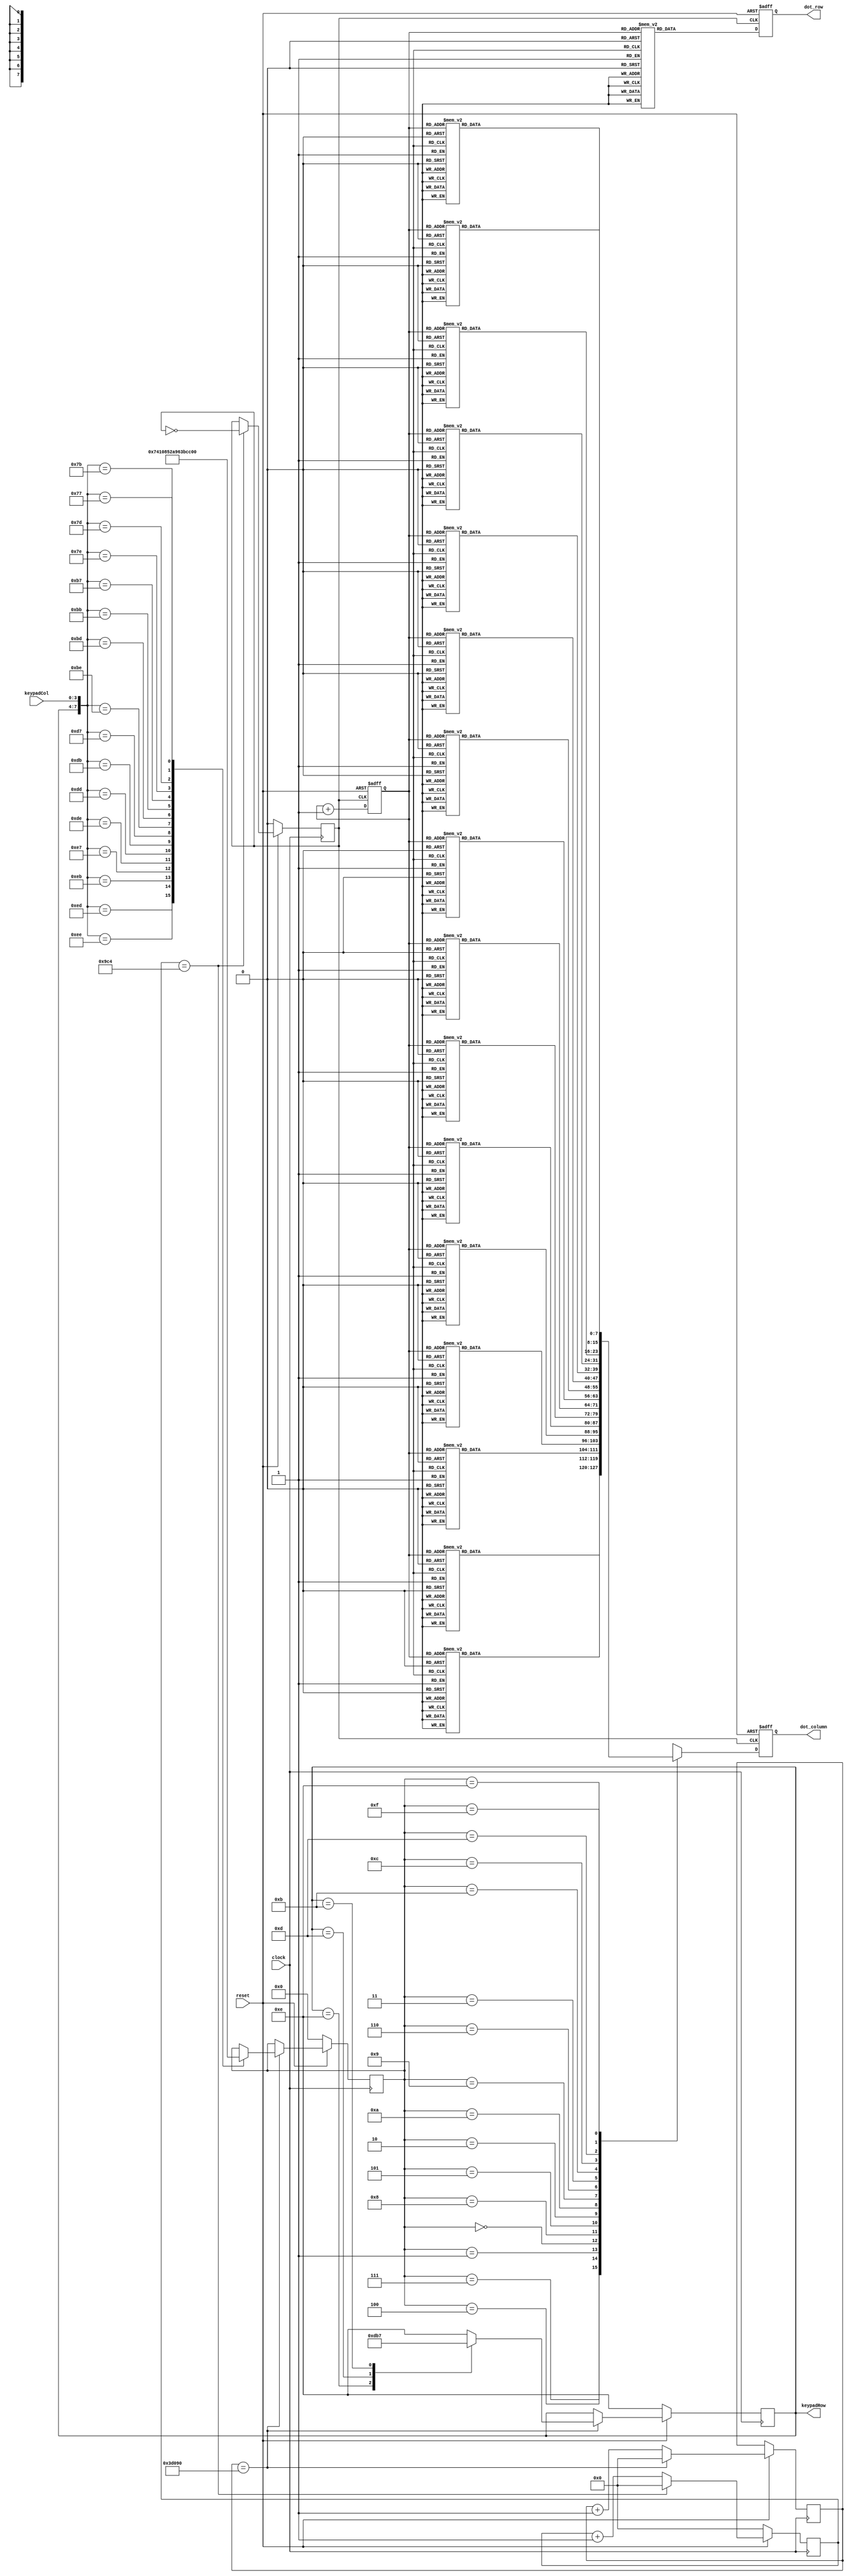
module KeyPad_Controller(clock, reset, dot_row, dot_column,keypadCol, keypadRow);
input clock, reset;
input [3:0]keypadCol; 
output reg [7:0]dot_row;
output reg [7:0]dot_column;
output reg [3:0]keypadRow;
reg [31:0]keypadDelay;
reg [31:0]DotFD_Counter;
reg [3:0] keypadBuf;
reg DotFD_Clock;
reg [2:0]row_counter;

always @(posedge clock) begin
    if(!reset) begin
        DotFD_Counter <= 32'd0;
        DotFD_Clock <= 1'd0;
    end
    else begin
        if(DotFD_Counter == 32'd2500) begin
            DotFD_Counter <= 32'd0;
            DotFD_Clock <= ~DotFD_Clock;
        end
        else begin
            DotFD_Counter <= DotFD_Counter + 32'd1;
        end
    end
end

always @(posedge clock) begin
    if(!reset) begin
        keypadBuf <= 4'h0;
        keypadRow <= 4'b1110;
    end
    else begin 
        if(keypadDelay == 32'd250000) begin
            keypadDelay <= 32'd0;
            //rowcolumn
            case({keypadRow,keypadCol}) 
                8'b1110_1110: keypadBuf <= 4'h7;
                8'b1110_1101: keypadBuf <= 4'h4;
                8'b1110_1011: keypadBuf <= 4'h1;
                8'b1110_0111: keypadBuf <= 4'h0;

                8'b1101_1110: keypadBuf <= 4'h8;
                8'b1101_1101: keypadBuf <= 4'h5;
                8'b1101_1011: keypadBuf <= 4'h2;
                8'b1101_0111: keypadBuf <= 4'hA;

                8'b1011_1110: keypadBuf <= 4'h9;
                8'b1011_1101: keypadBuf <= 4'h6;
                8'b1011_1011: keypadBuf <= 4'h3;
                8'b1011_0111: keypadBuf <= 4'hb;

                8'b0111_1110: keypadBuf <= 4'hc;
                8'b0111_1101: keypadBuf <= 4'hd;
                8'b0111_1011: keypadBuf <= 4'he;
                8'b0111_0111: keypadBuf <= 4'hf;
                default: keypadBuf <= keypadBuf;
            endcase
            //row
            case(keypadRow)
                4'b1110: keypadRow <= 4'b1101;
                4'b1101: keypadRow <= 4'b1011;
                4'b1011: keypadRow <= 4'b0111;
                4'b0111: keypadRow <= 4'b1110;
                default: keypadRow <= 4'b1110;
            endcase
        end
        else begin
            keypadDelay <= keypadDelay + 32'd1;
        end
    end
end

always @(posedge DotFD_Clock or negedge reset) begin
    if(!reset) begin
        dot_row <= 8'b0;
        dot_column <= 8'b0;
        row_counter <= 3'd0;
    end
    else begin 
        row_counter <= row_counter + 3'd1;
        case(row_counter) 
            3'd0: dot_row <= 8'b01111111;
            3'd1: dot_row <= 8'b10111111;
            3'd2: dot_row <= 8'b11011111;
            3'd3: dot_row <= 8'b11101111;
            3'd4: dot_row <= 8'b11110111;
            3'd5: dot_row <= 8'b11111011;
            3'd6: dot_row <= 8'b11111101;
            3'd7: dot_row <= 8'b11111110;
        endcase
        case(keypadBuf)
            4'h7:
                case(row_counter)
                    3'd0: dot_column <= 8'b00000000;
                    3'd1: dot_column <= 8'b00000000;
                    3'd2: dot_column <= 8'b00000000;
                    3'd3: dot_column <= 8'b00000000;
                    3'd4: dot_column <= 8'b00000000;
                    3'd5: dot_column <= 8'b00000000;
                    3'd6: dot_column <= 8'b00000011;
                    3'd7: dot_column <= 8'b00000011;
                endcase
            4'h4:
                case(row_counter)
                    3'd0: dot_column <= 8'b00000000;
                    3'd1: dot_column <= 8'b00000000;
                    3'd2: dot_column <= 8'b00000000;
                    3'd3: dot_column <= 8'b00000000;
                    3'd4: dot_column <= 8'b00000000;
                    3'd5: dot_column <= 8'b00000000;
                    3'd6: dot_column <= 8'b00001100;
                    3'd7: dot_column <= 8'b00001100;
                endcase
            4'h1:
                case(row_counter)
                    3'd0: dot_column <= 8'b00000000;
                    3'd1: dot_column <= 8'b00000000;
                    3'd2: dot_column <= 8'b00000000;
                    3'd3: dot_column <= 8'b00000000;
                    3'd4: dot_column <= 8'b00000000;
                    3'd5: dot_column <= 8'b00000000;
                    3'd6: dot_column <= 8'b00110000;
                    3'd7: dot_column <= 8'b00110000;
                endcase
            4'h0:
                case(row_counter)
                    3'd0: dot_column <= 8'b00000000;
                    3'd1: dot_column <= 8'b00000000;
                    3'd2: dot_column <= 8'b00000000;
                    3'd3: dot_column <= 8'b00000000;
                    3'd4: dot_column <= 8'b00000000;
                    3'd5: dot_column <= 8'b00000000;
                    3'd6: dot_column <= 8'b11000000;
                    3'd7: dot_column <= 8'b11000000;
                endcase
            4'h8:
                case(row_counter)
                    3'd0: dot_column <= 8'b00000000;
                    3'd1: dot_column <= 8'b00000000;
                    3'd2: dot_column <= 8'b00000000;
                    3'd3: dot_column <= 8'b00000000;
                    3'd4: dot_column <= 8'b00000011;
                    3'd5: dot_column <= 8'b00000011;
                    3'd6: dot_column <= 8'b00000000;
                    3'd7: dot_column <= 8'b00000000;
                endcase
            4'h5:
                case(row_counter)
                    3'd0: dot_column <= 8'b00000000;
                    3'd1: dot_column <= 8'b00000000;
                    3'd2: dot_column <= 8'b00000000;
                    3'd3: dot_column <= 8'b00000000;
                    3'd4: dot_column <= 8'b00001100;
                    3'd5: dot_column <= 8'b00001100;
                    3'd6: dot_column <= 8'b00000000;
                    3'd7: dot_column <= 8'b00000000;
                endcase
            4'h2:
                case(row_counter)
                    3'd0: dot_column <= 8'b00000000;
                    3'd1: dot_column <= 8'b00000000;
                    3'd2: dot_column <= 8'b00000000;
                    3'd3: dot_column <= 8'b00000000;
                    3'd4: dot_column <= 8'b00110000;
                    3'd5: dot_column <= 8'b00110000;
                    3'd6: dot_column <= 8'b00000000;
                    3'd7: dot_column <= 8'b00000000;
                endcase
            4'ha:
                case(row_counter)
                    3'd0: dot_column <= 8'b00000000;
                    3'd1: dot_column <= 8'b00000000;
                    3'd2: dot_column <= 8'b00000000;
                    3'd3: dot_column <= 8'b00000000;
                    3'd4: dot_column <= 8'b11000000;
                    3'd5: dot_column <= 8'b11000000;
                    3'd6: dot_column <= 8'b00000000;
                    3'd7: dot_column <= 8'b00000000;
                endcase
            4'h9:
                case(row_counter)
                    3'd0: dot_column <= 8'b00000000;
                    3'd1: dot_column <= 8'b00000000;
                    3'd2: dot_column <= 8'b00000011;
                    3'd3: dot_column <= 8'b00000011;
                    3'd4: dot_column <= 8'b00000000;
                    3'd5: dot_column <= 8'b00000000;
                    3'd6: dot_column <= 8'b00000000;
                    3'd7: dot_column <= 8'b00000000;
                endcase
            4'h6:
                case(row_counter)
                    3'd0: dot_column <= 8'b00000000;
                    3'd1: dot_column <= 8'b00000000;
                    3'd2: dot_column <= 8'b00001100;
                    3'd3: dot_column <= 8'b00001100;
                    3'd4: dot_column <= 8'b00000000;
                    3'd5: dot_column <= 8'b00000000;
                    3'd6: dot_column <= 8'b00000000;
                    3'd7: dot_column <= 8'b00000000;
                endcase
            4'h3:
                case(row_counter)
                    3'd0: dot_column <= 8'b00000000;
                    3'd1: dot_column <= 8'b00000000;
                    3'd2: dot_column <= 8'b00110000;
                    3'd3: dot_column <= 8'b00110000;
                    3'd4: dot_column <= 8'b00000000;
                    3'd5: dot_column <= 8'b00000000;
                    3'd6: dot_column <= 8'b00000000;
                    3'd7: dot_column <= 8'b00000000;
                endcase
            4'hb:
                case(row_counter)
                    3'd0: dot_column <= 8'b00000000;
                    3'd1: dot_column <= 8'b00000000;
                    3'd2: dot_column <= 8'b11000000;
                    3'd3: dot_column <= 8'b11000000;
                    3'd4: dot_column <= 8'b00000000;
                    3'd5: dot_column <= 8'b00000000;
                    3'd6: dot_column <= 8'b00000000;
                    3'd7: dot_column <= 8'b00000000;
                endcase
            4'hc:
                case(row_counter)
                    3'd0: dot_column <= 8'b00000011;
                    3'd1: dot_column <= 8'b00000011;
                    3'd2: dot_column <= 8'b00000000;
                    3'd3: dot_column <= 8'b00000000;
                    3'd4: dot_column <= 8'b00000000;
                    3'd5: dot_column <= 8'b00000000;
                    3'd6: dot_column <= 8'b00000000;
                    3'd7: dot_column <= 8'b00000000;
                endcase
            4'hd:
                case(row_counter)
                    3'd0: dot_column <= 8'b00001100;
                    3'd1: dot_column <= 8'b00001100;
                    3'd2: dot_column <= 8'b00000000;
                    3'd3: dot_column <= 8'b00000000;
                    3'd4: dot_column <= 8'b00000000;
                    3'd5: dot_column <= 8'b00000000;
                    3'd6: dot_column <= 8'b00000000;
                    3'd7: dot_column <= 8'b00000000;
                endcase
            4'he:
                case(row_counter)
                    3'd0: dot_column <= 8'b00110000;
                    3'd1: dot_column <= 8'b00110000;
                    3'd2: dot_column <= 8'b00000000;
                    3'd3: dot_column <= 8'b00000000;
                    3'd4: dot_column <= 8'b00000000;
                    3'd5: dot_column <= 8'b00000000;
                    3'd6: dot_column <= 8'b00000000;
                    3'd7: dot_column <= 8'b00000000;
                endcase
            4'hf:
                case(row_counter)
                    3'd0: dot_column <= 8'b11000000;
                    3'd1: dot_column <= 8'b11000000;
                    3'd2: dot_column <= 8'b00000000;
                    3'd3: dot_column <= 8'b00000000;
                    3'd4: dot_column <= 8'b00000000;
                    3'd5: dot_column <= 8'b00000000;
                    3'd6: dot_column <= 8'b00000000;
                    3'd7: dot_column <= 8'b00000000;
                endcase
        endcase
    end
end

endmodule